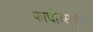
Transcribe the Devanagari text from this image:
फाचोच्सचुले